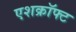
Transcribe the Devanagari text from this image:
एशक्रॉफ्ट